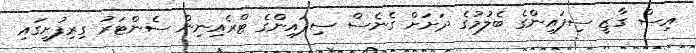
އިސް ގާޒީ ސިފައިންގެ ބެލުމުގެ ދަށަށް ގެނެސް ސިފައިންގެ ޓްރެއިނިން ސެންޓަރު ގިރިފުށީގައި